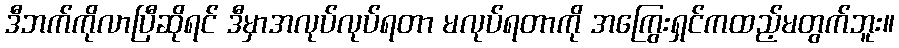
ဒီဘက်ကိုလာပြီဆိုရင် ဒီမှာအလုပ်လုပ်ရတာ မလုပ်ရတာကို အကြွေးရှင်ကထည့်မတွက်ဘူး။